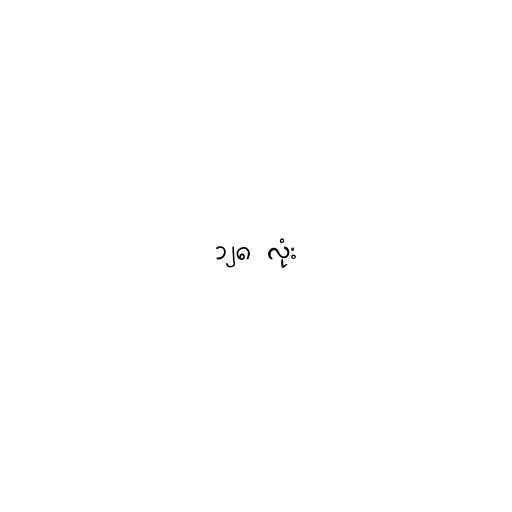
၁၂၈ လုံး